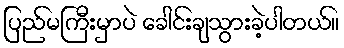
ပြည်မကြီးမှာပဲ ခေါင်းချသွားခဲ့ပါတယ်။